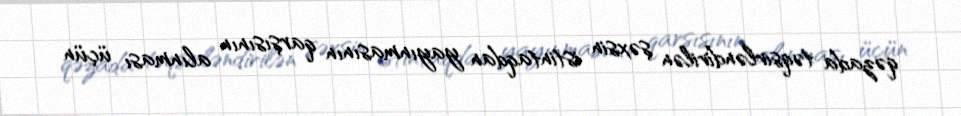
qəzada təqsirləndirilən şəxsin istintaqdan yayınmasının qarşısının alınması üçün